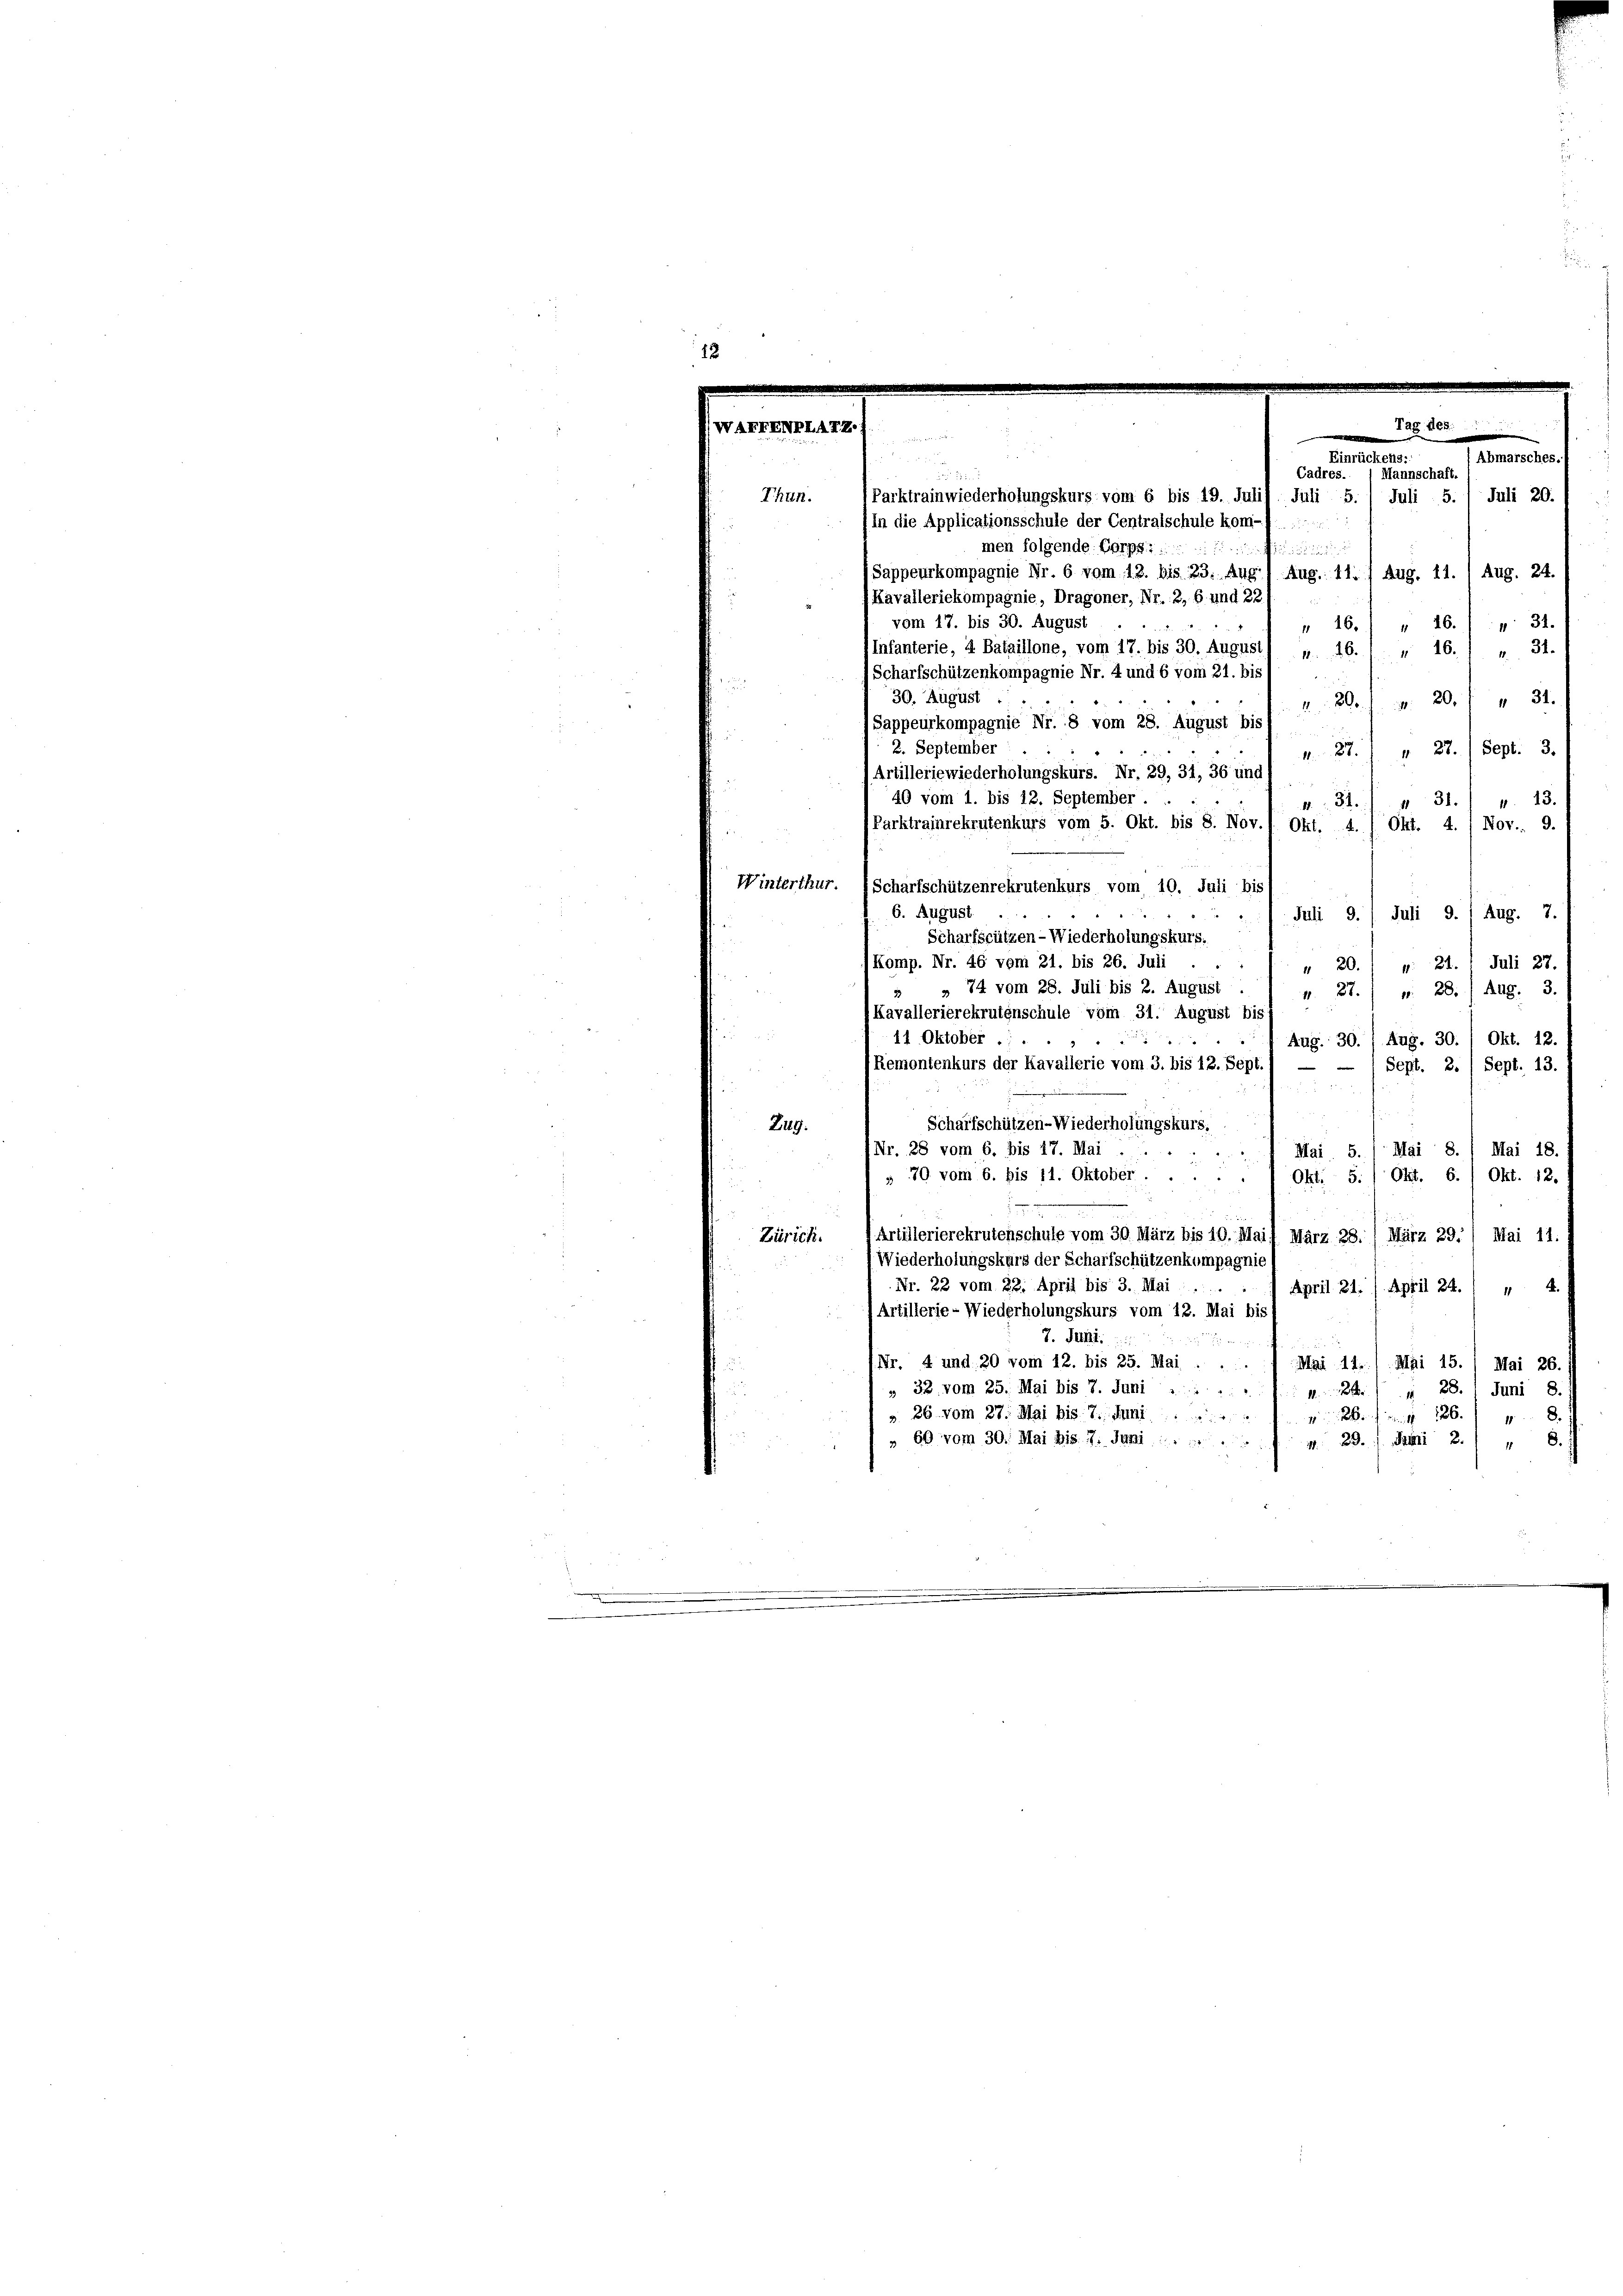
Parktrainwiederholungskurs vom 6 bis 19. Juli/
in die Applicationsschule der Centralschule kom-f.. ..
men folgende Corps:

Sappeurkompagnie Nr. 6 vom 18. bis 23. Aug.1 Aug. 11.
 Kavalleriekompagnie, Dragoner, Nr. 2, 6. und 22
vom 17. bis 30. August
30. August
 87. " " 22. Sept. 3.
431.
1. 13.
4: 31.
Okt. 4. Nov., 9.
Winterthur. (Scharfschützenrekrutenkurs vom 10. Juli bis
6. August
Juli d. 1 Aug. 7.
4
Juli 9.
Scharfstützen - Wiederholungskurs.
Komp. Nr. 46 vom 21. bis 26. Juli
: 21. Juli 27
" 20.
» 74 vom 28. Juli bis 2. August.
n 27. v. 28. Aug. 3.
Kavallerierekrutenschule vom 31. August bis
e
11 Oktober ....
1 Aug. 30. / Aug. 30. / Okt. 12.
Remontenkurs der Kavallerie vom 3. bis 12. Sept.) —
Sept. 13.
Sept. 2.

i
Scharfschützen-Wiederholungskurs.
Zug.
Nr. 28 vom 6. bis 17. Mai
Mai S. 1 Mai 8. 1 Mai 18.
 2
» 30. vom 6. bis 11. Oktober.
Okt: 5. Okt. 6. Okt. 12.
Artillerierekrutenschule vom 30. März bis 10. Mai/ März 28./ März 29. Mai 11.
Zürich.
Wiederholungskurs der Scharfschützenkompagnie
Nr. 22 vom 22. April bis 3. Mai.
April 21. / April 24. 1 „ 4
Artillerie - Wiederholungskurs vom 12. Mai bis
7. Juni.

(Nr. 4 und 20 vom 12. bis 25. Mai . . . / Mai 11. Mai 15. / Mai 26. J
32, vom 25. Mai bis 7. Juni ........
28. Juni 8.
1
» 26. vom 27. Mai bis 7. Mi
 26 f. 126. 18.
" 60 vom 30. Mai bis 17. Juni
1. 29. 1. Juni 21 " 8.

Thun.

(Sappeurkompagnie Nr. 8 vom 28. August bis
2. September
Artilleriewiederholungskurs. Nr. 29, 31, 36 und
40 vom 1. bis 12. September
Parktrainrekrutenkurs vom 5. Okt. bis 8. Nov. 1. Okt. 4.

Infanterie, 4 Bataillone, vom 17. bis 30. August) „ 16. " " 16.) " 31.
Scharfschützenkompagnie Nr. 4 und 6 vom 21. bis

Juli 5.

Tag der
e
Abmarsches.)
Einrückens:
Cadres. 1 Mannschaft
Juli 20.
Juli 5.
Aug. 24.
(Aug. 11.
16.) " 16. " 34.
Wol. 30. 431.